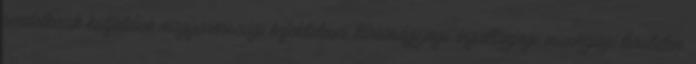
rendelkezik külföldiek magyarországi befektetései, társasági jogi, ingatlanjogi, munkajogi területen,